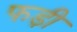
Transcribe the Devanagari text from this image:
फड़ी